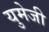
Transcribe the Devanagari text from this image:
युमेजी